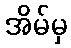
အိမ်မှ